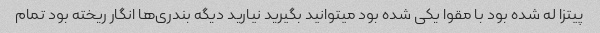
پیتزا له شده بود با مقوا یکی شده بود میتوانید بگیرید نیارید دیگه بندری‌ها انگار ریخته بود تمام